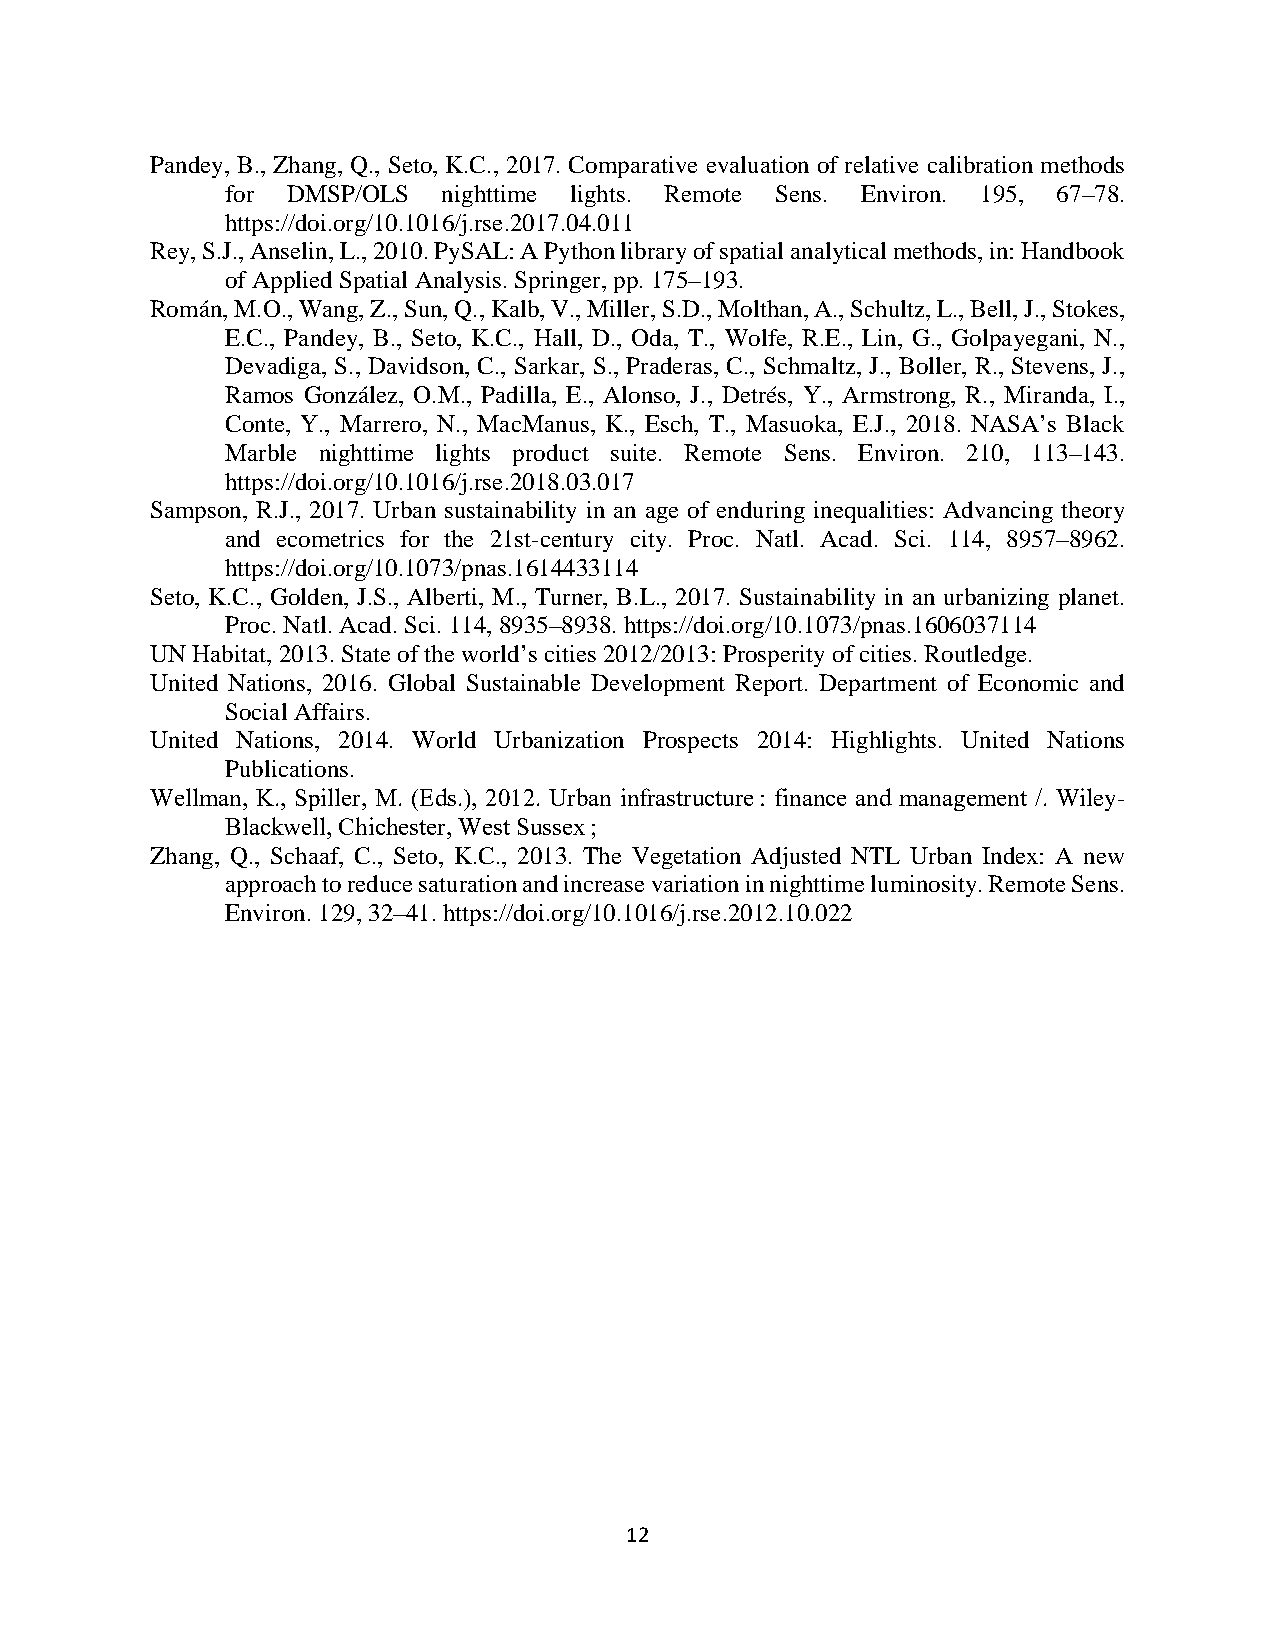
Pandey, B., Zhang, Q., Seto, K.C., 2017. Comparative evaluation of relative calibration methods
 for DMSP/OLS  nighttime lights. Remote Sens. Environ. 195, 67–78.
 https://doi.org/10.1016/j.rse.2017.04.011
 Rey, S.J., Anselin, L., 2010. PySAL: A Python library of spatial analytical methods, in: Handbook
 of Applied Spatial Analysis. Springer, pp. 175–193.
 Román, M.O., Wang, Z., Sun, Q., Kalb, V., Miller, S.D., Molthan, A., Schultz, L., Bell, J., Stokes,
 E.C., Pandey, B., Seto, K.C., Hall, D., Oda, T., Wolfe, R.E., Lin, G., Golpayegani, N.,
 Devadiga, S., Davidson, C., Sarkar, S., Praderas, C., Schmaltz, J., Boller, R., Stevens, J.,
 Ramos González, O.M., Padilla, E., Alonso, J., Detrés, Y., Armstrong, R., Miranda, I.,
 Conte, Y., Marrero, N., MacManus, K., Esch, T., Masuoka, E.J., 2018. NASA’s Black
 Marble nighttime lights product suite. Remote Sens. Environ. 210, 113–143.
 https://doi.org/10.1016/j.rse.2018.03.017
 Sampson, R.J., 2017. Urban sustainability in an age of enduring inequalities: Advancing theory
 and ecometrics for the 21st-century city. Proc. Natl. Acad. Sci. 114, 8957–8962.
 https://doi.org/10.1073/pnas.1614433114
 Seto, K.C., Golden, J.S., Alberti, M., Turner, B.L., 2017. Sustainability in an urbanizing planet.
 Proc. Natl. Acad. Sci. 114, 8935–8938. https://doi.org/10.1073/pnas.1606037114
 UN Habitat, 2013. State of the world’s cities 2012/2013: Prosperity of cities. Routledge.
 United Nations, 2016. Global Sustainable Development Report. Department of Economic and
 Social Affairs.
 United Nations, 2014. World Urbanization Prospects 2014: Highlights. United Nations
 Publications.
 Wellman, K., Spiller, M. (Eds.), 2012. Urban infrastructure : finance and management /. Wiley-
 Blackwell, Chichester, West Sussex ;
 Zhang, Q., Schaaf, C., Seto, K.C., 2013. The Vegetation Adjusted NTL Urban Index: A new
 approach to reduce saturation and increase variation in nighttime luminosity. Remote Sens.
 Environ. 129, 32–41. https://doi.org/10.1016/j.rse.2012.10.022
 12